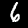
Label: 6